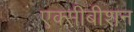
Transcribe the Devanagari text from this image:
एक्सीबीशन